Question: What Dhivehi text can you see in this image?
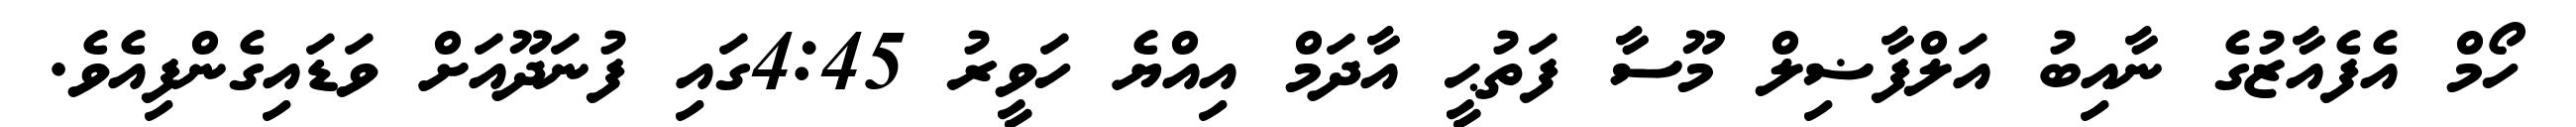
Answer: ހޯމް އެފެއާޒުގެ ނާއިބު އަލްފާޟިލް މޫސާ ފަތުޙީ އާދަމް އިއްޔެ ހަވީރު 4:45ގައި ފުނަދޫއަށް ވަޑައިގެންފިއެވެ.